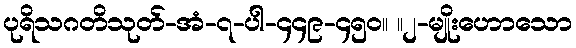
ပုရိသဂတိသုတ်-အံ-၇-ပါ-၄၄၉-၄၅၀။ ။၂-မျိုးဟောသော